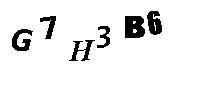
G7H3B6